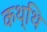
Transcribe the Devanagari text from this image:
कथ्थि